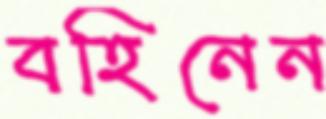
বহিনেন